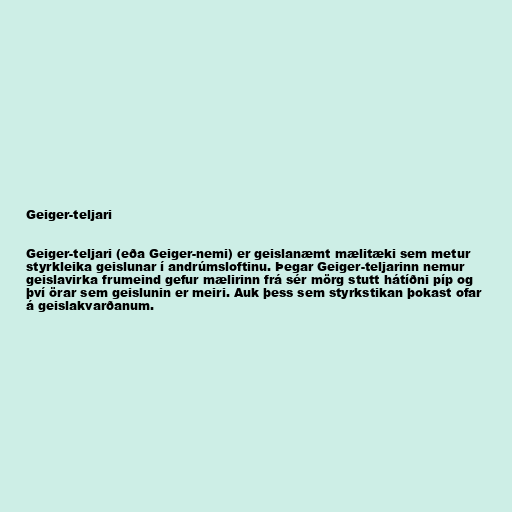
Geiger-teljari

Geiger-teljari (eða Geiger-nemi) er geislanæmt mælitæki sem metur
styrkleika geislunar í andrúmsloftinu. Þegar Geiger-teljarinn nemur
geislavirka frumeind gefur mælirinn frá sér mörg stutt hátíðni píp og
því örar sem geislunin er meiri. Auk þess sem styrkstikan þokast ofar
á geislakvarðanum.